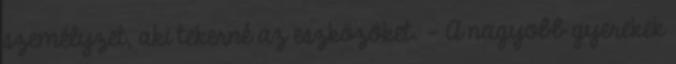
személyzet, aki tekerné az eszközöket. - A nagyobb gyerekek